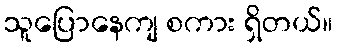
သူပြောနေကျ စကား ရှိတယ်။